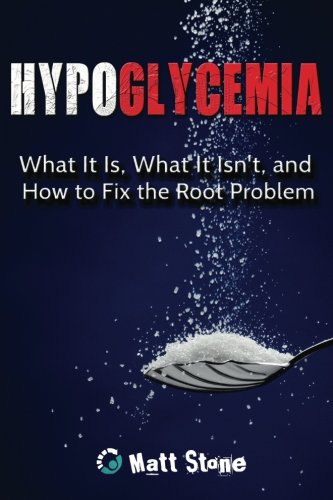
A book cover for Hypoglycemia: What It Is, What It Isn't, and How to Fix the Root Problem; Matt Stone; Medical Books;